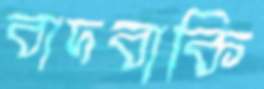
বাদবাকি